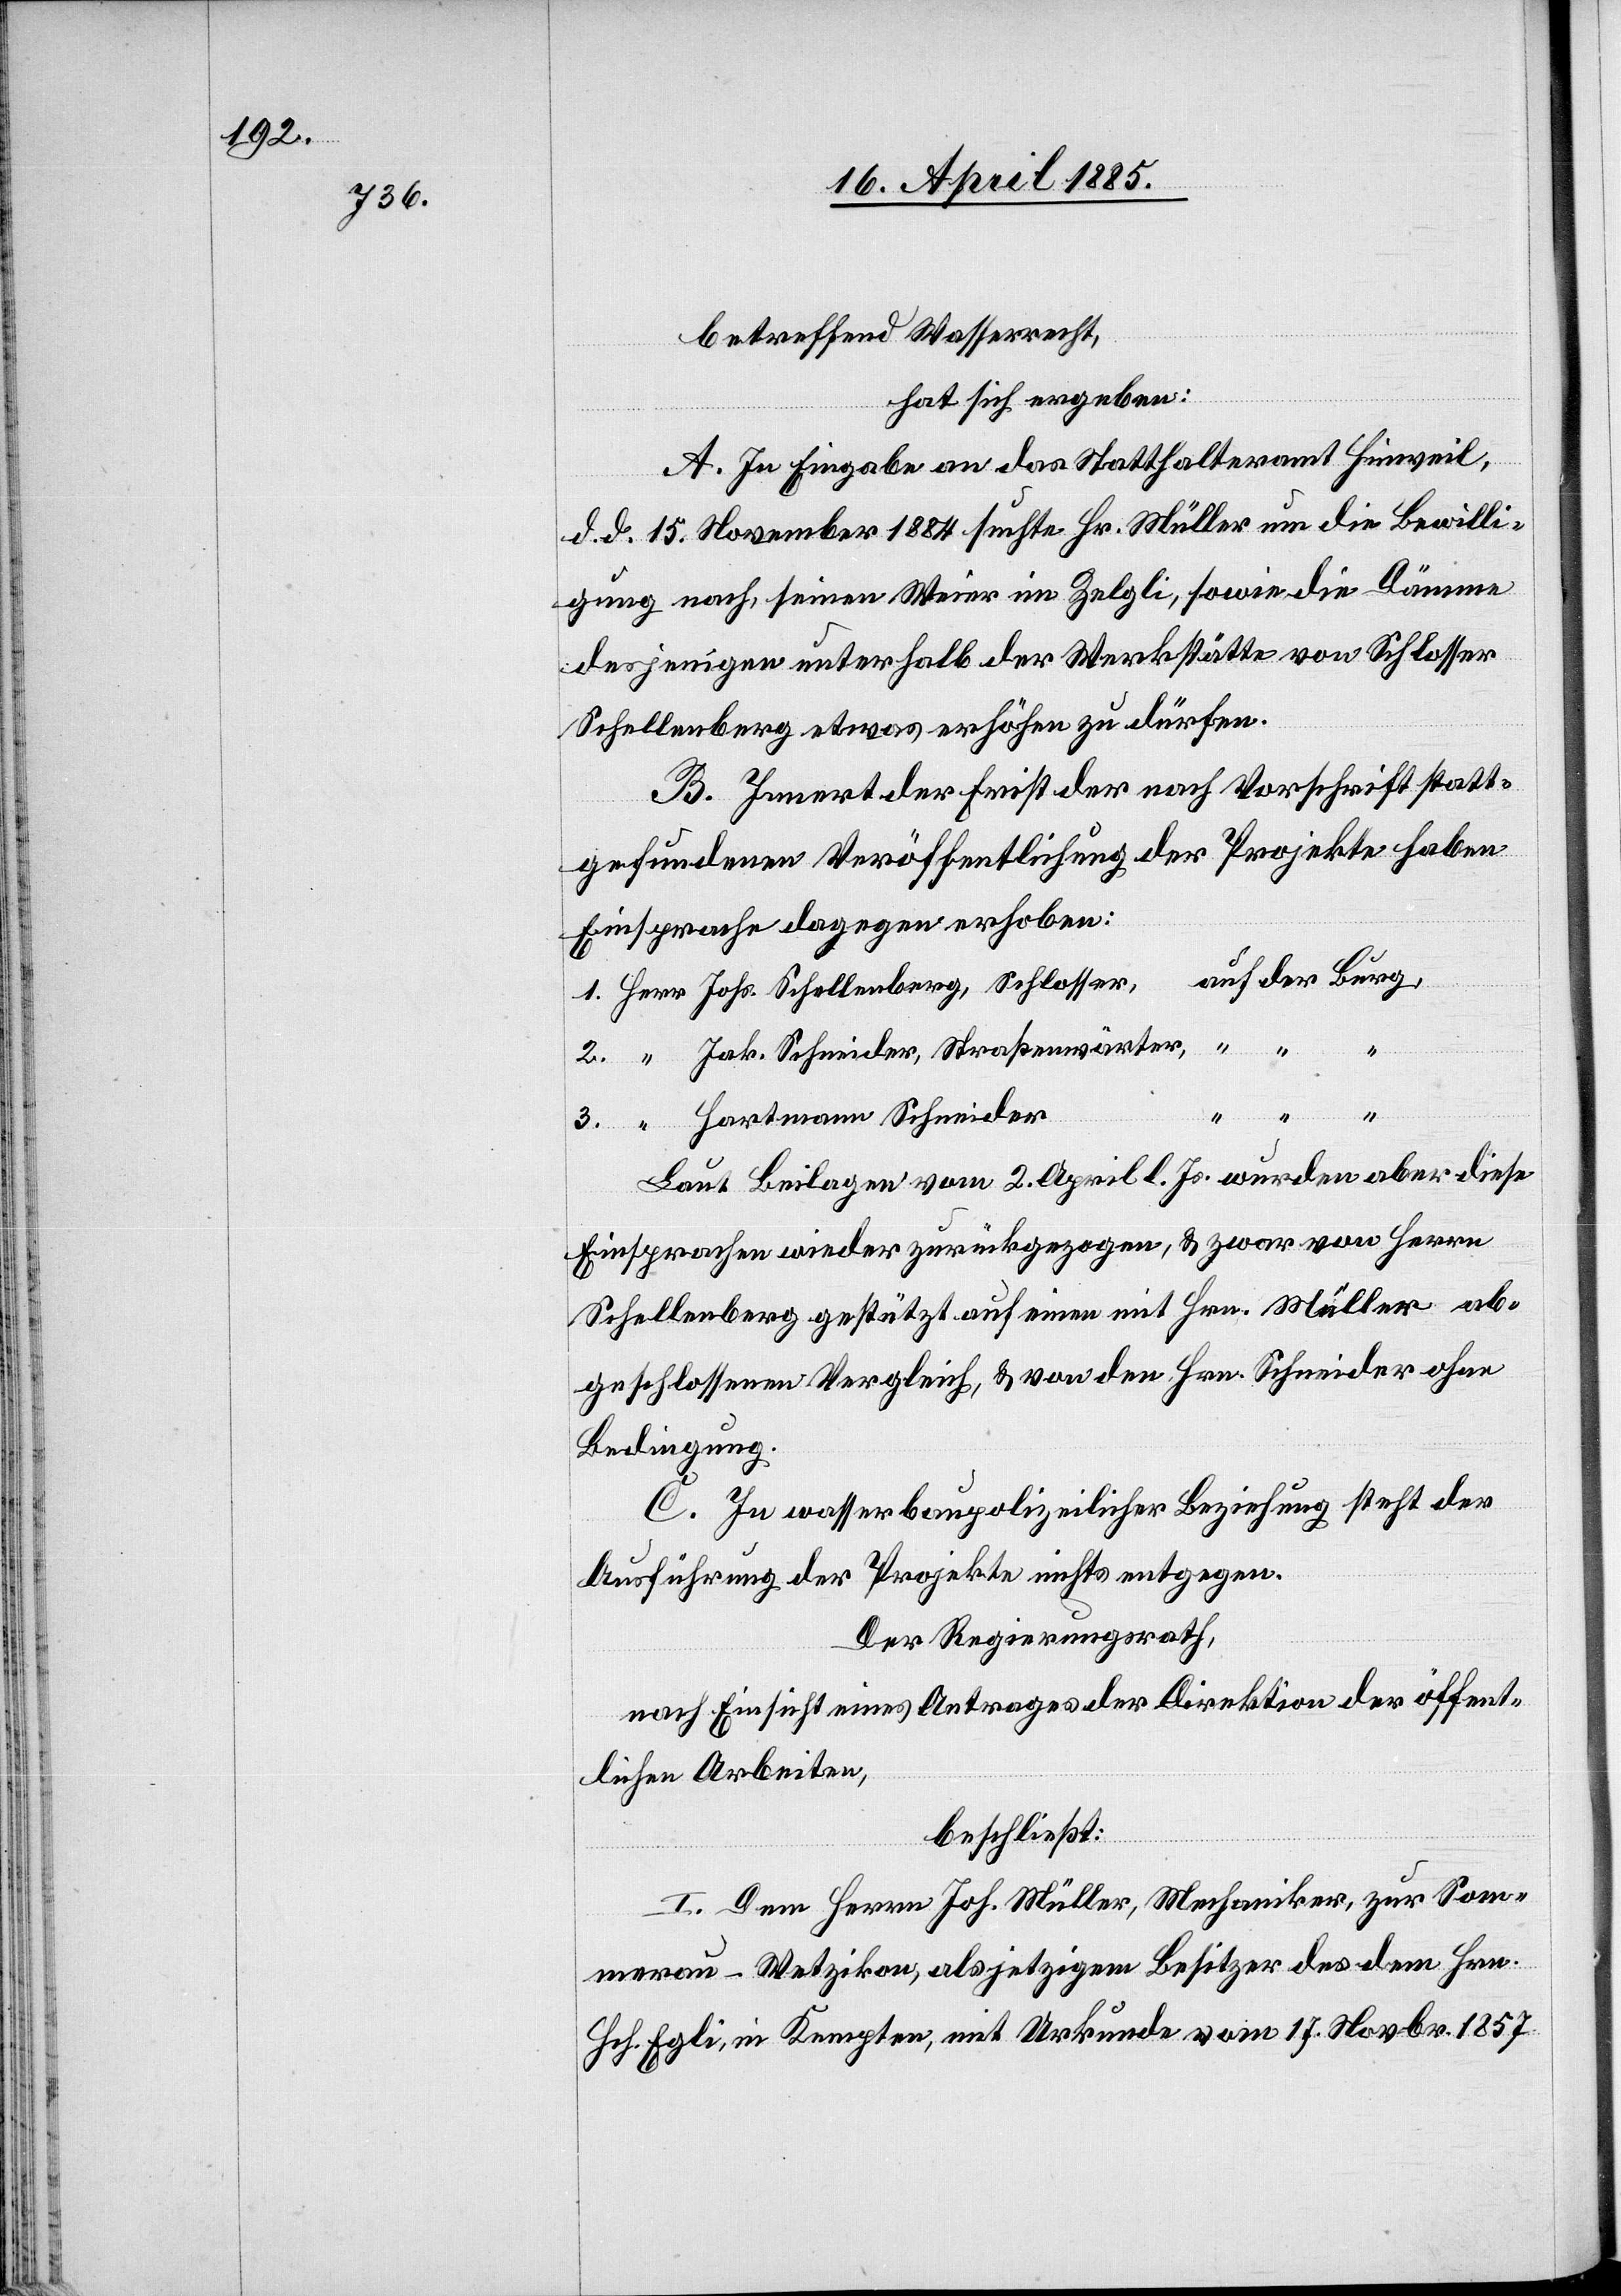
betreffend Wasserrecht,
hat sich ergeben:
A. In Eingabe an das Statthalteramt Hinweil,
d. d. 15. November 1884 suchte Hr. Müller um die Bewilli¬
gung nach, seinen Weier im Zelgli, sowie die Dämme
desjenigen unterhalb der Werkstätte von Schlosser
Schellenberg etwas erhöhen zu dürfen.
B. Innert der Frist der nach Vorschrift statt¬
gefundenen Veröffentlichung der Projekte haben
Einsprache dagegen erhoben:
1.
3.
Jak. Schneider, Straßenwärter,
“
“
Hartmann Schneider
Laut Beilage vom 2. April l. Js. wurden aber diese
Einsprachen wieder zurückgezogen, & zwar von Herrn
Schellenberg gestützt auf einen mit Hrn. Müller ab¬
geschlossenen Vergleich, & von den [sic!] Hrn. Schneider ohne
Bedingung.
C. In wasserbaupolizeilicher Beziehung steht der
Ausführung der Projekte nichts entgegen.
Der Regierungsrath,
nach Einsicht eines Antrages der Direktion der öffent¬
lichen Arbeiten,
beschließt:
I. Dem Herrn Joh. Müller, Mechaniker, zur Som¬
merau - Wetzikon, als jetzigem Besitzer des dem Hrn.
Hch. Egli, in Kempten, mit Urkunde vom 17. Novbr. 1857